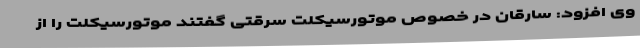
وی افزود: سارقان در خصوص موتورسیکلت سرقتی گفتند موتورسیکلت را از